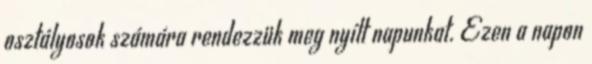
osztályosok számára rendezzük meg nyílt napunkat. Ezen a napon